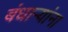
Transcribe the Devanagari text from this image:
बंधार्‍यांना